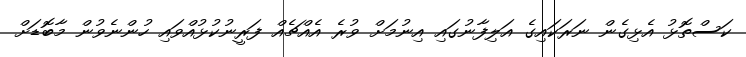
ކަސްތޮޅު އެޅިގެން ނަރަކައިގެ އަލިފާނުގައި އިނުމަށް ވުރެ އެއްޗެއް ފަރީނުކުޅުއްވައި ހުންނެވުން މާބޮޑަށް